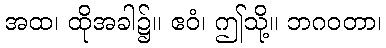
အထ၊ ထိုအခါ၌။ ဧဝံ၊ ဤသို့။ ဘဂဝတာ၊